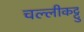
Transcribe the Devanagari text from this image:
चल्लीकट्टु